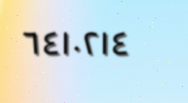
٦٤١٠٢١٤